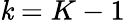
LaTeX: \mathit{k}=K-1